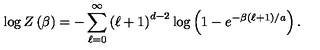
\log Z \left( \beta \right) = - \sum _ { \ell = 0 } ^ { \infty } \left( \ell + 1 \right) ^ { d - 2 } \log \left( 1 - e ^ { - \beta \left( \ell + 1 \right) / a } \right) .